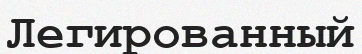
Легированный